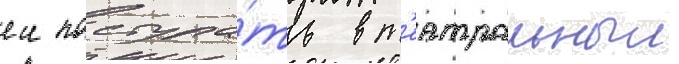
еи поступа́ть в т'еатральныи